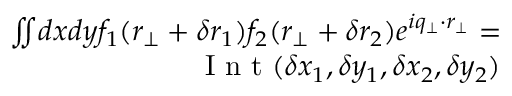
\begin{array} { r l } { \iint _ { \mathbb { } } d x d y f _ { 1 } ( r _ { \perp } + \delta r _ { 1 } ) f _ { 2 } ( r _ { \perp } + \delta r _ { 2 } ) e ^ { i q _ { \perp } \cdot r _ { \perp } } = } & { { } } \\ { \mathrm { ~ I ~ n ~ t ~ } ( \delta x _ { 1 } , \delta y _ { 1 } , \delta x _ { 2 } , \delta y _ { 2 } ) } \end{array}